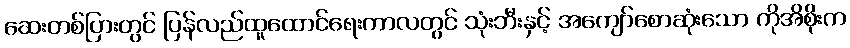
ဆေးတစ်ပြားတွင် ပြန်လည်ထူထောင်ရေးကာလတွင် သုံးဘီးနှင့် အကျော်စောဆုံးသော ကိုအိစိုးက